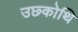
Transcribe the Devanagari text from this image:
उछ्कोथि